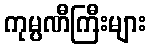
ကုမ္ပဏီကြီးများ